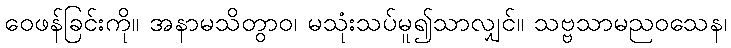
ဝေဖန်ခြင်းကို။ အနာမသိတွာဝ၊ မသုံးသပ်မူ၍သာလျှင်။ သဗ္ဗသာမညဝသေန၊